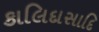
કાલિદાસાદિ